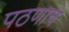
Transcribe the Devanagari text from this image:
पठणाचे